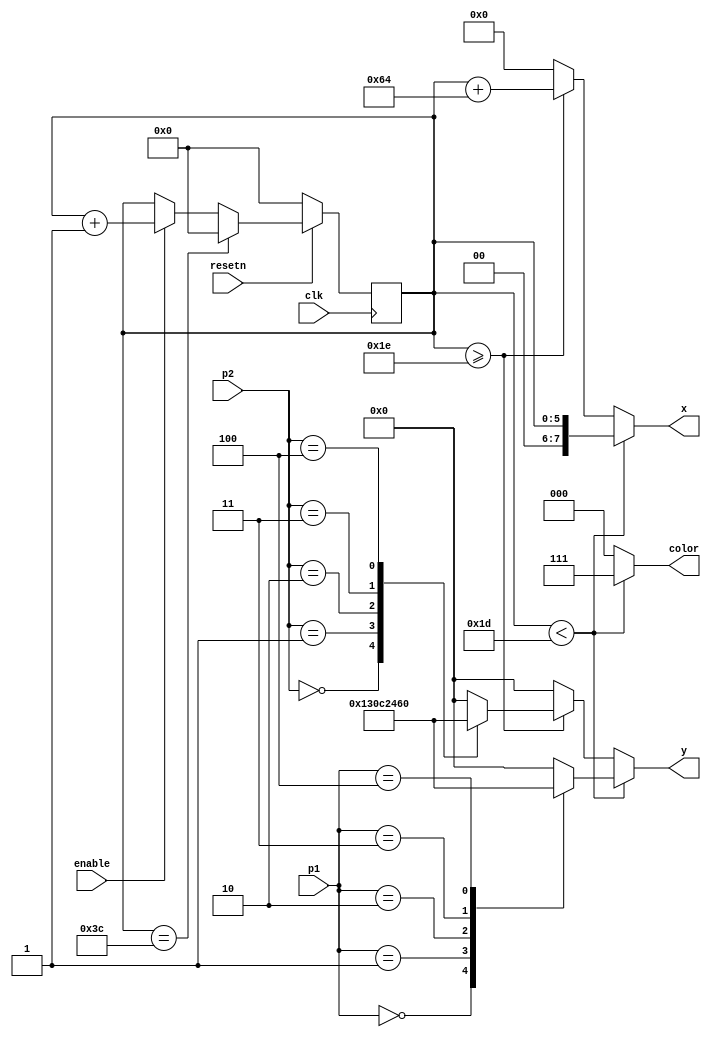
module drawScore (clk, resetn, enable, p1, p2, color, x, y);
input clk, enable;
input resetn;
input [2:0] p1;
input [2:0] p2;

output reg [7:0] x;
output reg [2:0] color;
output reg [6:0] y;
reg [5:0] Q;

always @(posedge clk) begin
    if (!resetn) begin
        Q <= 6'b0;
    end
    else if (Q == 6'd60) begin
        Q <= 6'b0;
    end
    else if (enable) begin
        Q <= Q + 6'd1;
    end    
end

always @(*) begin
	if (Q < 6'd29 ) begin
		color = 3'b111;
	end
	else if (Q >= 6'd30) begin
		color = 3'b000;
	end
	else color = 3'b0;
end

always @(*) begin
	if (Q < 6'd29) begin
		x = Q;
	end
	else if (Q >= 6'd30) begin
		x = Q + 8'd100;
	end
	else x = 3'b0;
end

always @(*) begin
	if (Q < 6'd29) begin
		case (p1)
		3'b000: y = 7'd1;
		3'b001: y = 7'd24;
		3'b010: y = 7'd48;
		3'b011: y = 7'd72;
		3'b100: y = 7'd96;
		default: y = 0;
		endcase
	end
	else if (Q >= 6'd30) begin
		case (p2)
		3'b000: y = 7'd1;
		3'b001: y = 7'd24;
		3'b010: y = 7'd48;
		3'b011: y = 7'd72;
		3'b100: y = 7'd96;
		default: y = 0;
		endcase
	end
	else y = 3'b0;
end

endmodule